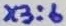
Text: X3:6